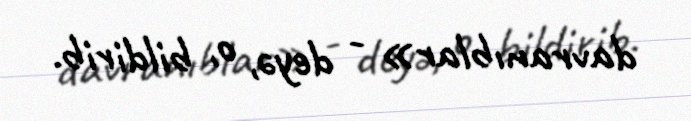
davranıblar» - deyə, o, bildirib.